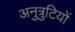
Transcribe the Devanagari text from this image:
अनुत्रुटियों